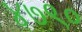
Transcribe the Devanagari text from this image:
४७९०